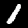
Digit: 1